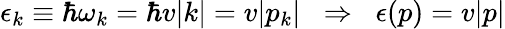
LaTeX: \epsilon_{k}\equiv\hbar\omega_{k}=\hbar v|k|=v|p_{k}|\; \; \Rightarrow\; \; \epsilon(p)=v|p|